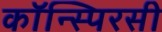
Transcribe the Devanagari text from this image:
कॉन्स्पिरसी